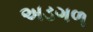
અડગળ